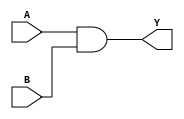
module AND_2_dataflow (output Y, input A, B);
	assign Y = A & B; 
endmodule